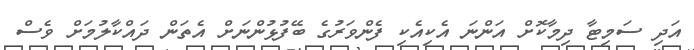
އަދި ސަމިޓާ ދިމާކޮށް އަންނަ އެކިއެކި ފެންވަރުގެ ބޭފުޅުންނަށް އެތަން ދައްކާލުމަށް ވެސް